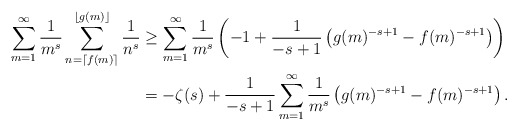
\begin{align*}\sum_{m=1}^\infty\frac{1}{m^s}\sum_{n = \lceil f(m) \rceil}^{\lfloor g(m) \rfloor}\frac{1}{n^s}&\geq\sum_{m=1}^\infty\frac{1}{m^s}\left(-1+\frac{1}{-s+1}\left(g(m)^{-s+1} - f(m)^{-s+1}\right)\right)\\&=-\zeta(s)+\frac{1}{-s+1}\sum_{m=1}^\infty\frac{1}{m^s}\left(g(m)^{-s+1} - f(m)^{-s+1}\right).\end{align*}